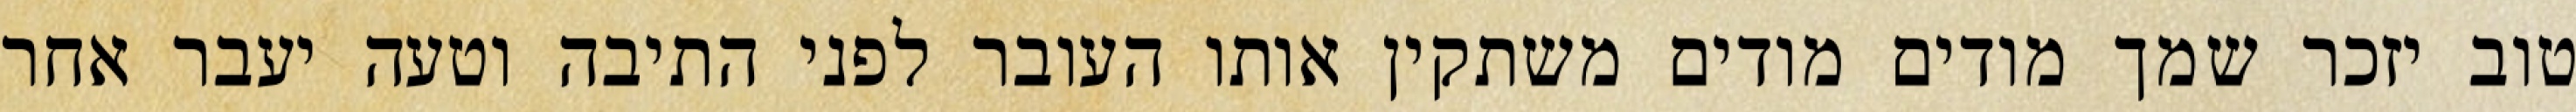
טוב יזכר שמך מודים מודים משתקין אותו העובר לפני התיבה וטעה יעבר אחר